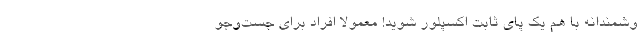
وشمندانه با هم یک پای ثابت اکسپلور شوید! معمولاً افراد برای جست‌وجو